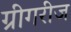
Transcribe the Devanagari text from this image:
ग्रीगरीज